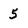
Character: 5